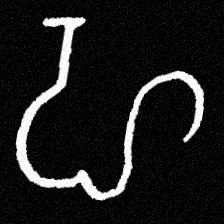
Pyu character \u2014 Myanmar letter: ဟ (romanized: ha)